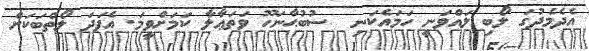
އެދެމެދުގަ ލޯބި ލައްވަނީ ހަމައެކަނި  ސުބުޙާނަހޫ ވަތަޢާލާ ކަމަށްވީމަ. އެފަދަ ލޯތްބަކަށް